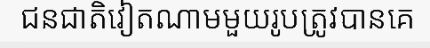
ជនជាតិវៀតណាមមួយរូបត្រូវបានគេ